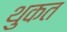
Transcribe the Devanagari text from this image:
थुकत